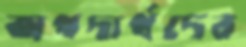
অপদার্থদের